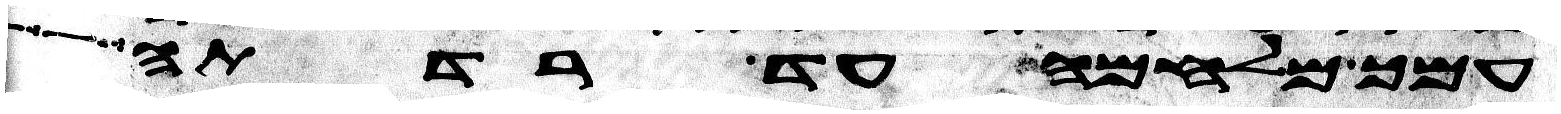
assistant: עמך מלחמה עד רדתה